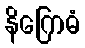
နိဂြောဓံ